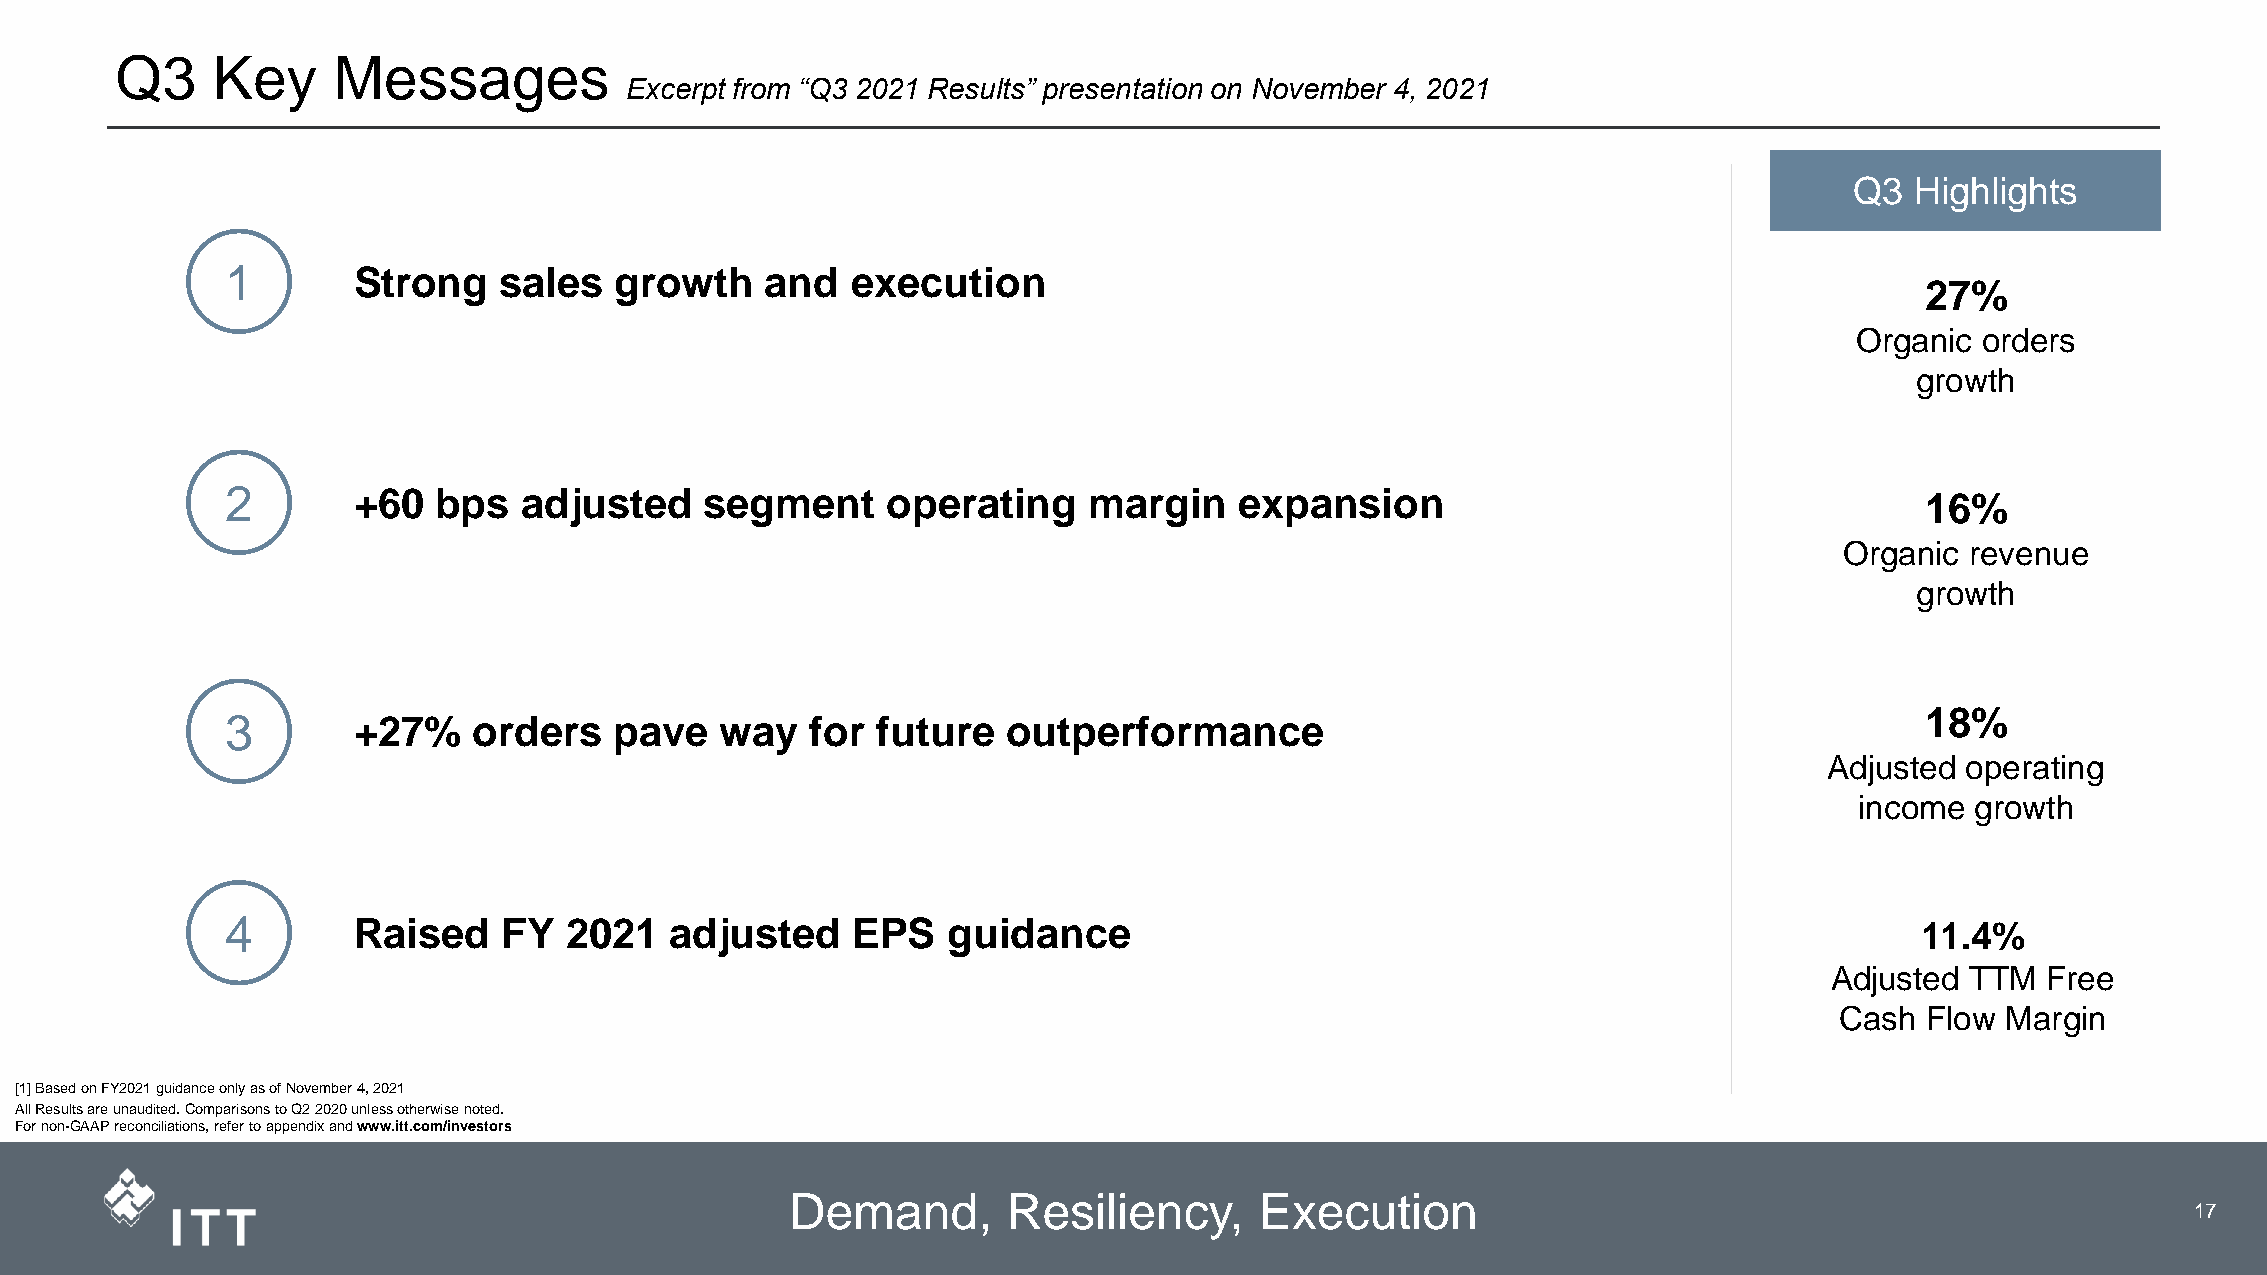
Q3    Key     Messages
 Excerpt from “Q3 2021 Results” presentation on November 4, 2021
 Q3  Highlights
 1       Strong    sales   growth    and  execution
 27%
 Organic orders
 growth
 2       +60   bps   adjusted    segment     operating    margin    expansion                                    16%
 Organic revenue
 growth
 18%
 3       +27%    orders    pave   way   for future   outperformance
 Adjusted operating
 income  growth
 4       Raised    FY  2021   adjusted    EPS    guidance                                                        11.4%
 Adjusted TTM  Free
 Cash Flow  Margin
 [1] Based on FY2021 guidance only as of November 4, 2021
 All Results are unaudited. Comparisons to Q2 2020 unless otherwise noted.
 For non-GAAP reconciliations, refer to appendix and www.itt.com/investors
 Demand,        Resiliency,     Execution
 3                    17